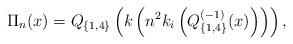
LaTeX: \begin{align*}\Pi_n(x)=Q_{\{1,4\}}\left(k \left(n^2k_i\left(Q^{(-1)}_{\{1,4\}}(x)\right)\right)\right),\end{align*}